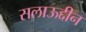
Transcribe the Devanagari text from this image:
सलाऊद्दीन